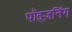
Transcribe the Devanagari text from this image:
पॉइज़निंग